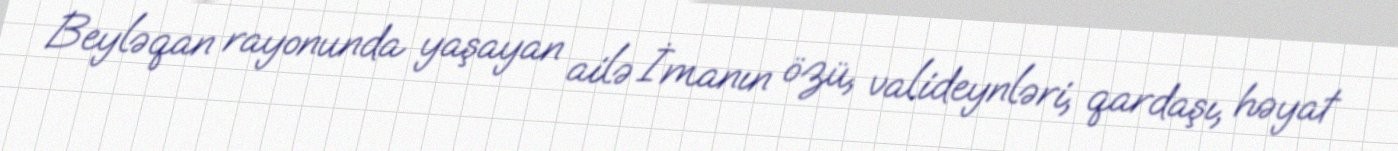
Beyləqan rayonunda yaşayan ailə İmanın özü, valideynləri, qardaşı, həyat